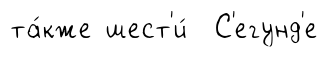
та́кже шест'и́ С'егунд'е